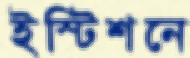
ইস্টিশনে